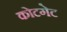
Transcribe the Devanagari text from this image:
कोटगेट